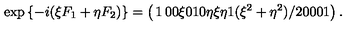
\exp { \left\{ - i ( \xi F _ { 1 } + \eta F _ { 2 } ) \right\} } = \left( \begin{matrix} { 1 } & { 0 } & { 0 } & { \xi } \\ { 0 } & { 1 } & { 0 } & { \eta } \\ { \xi } & { \eta } & { 1 } & { ( \xi ^ { 2 } + \eta ^ { 2 } ) / 2 } \\ { 0 } & { 0 } & { 0 } & { 1 } \\ \end{matrix} \right) .